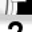
Digit: 7